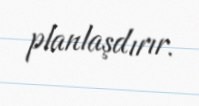
planlaşdırır.